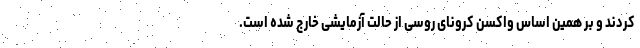
کردند و بر همین اساس واکسن کرونای روسی از حالت آزمایشی خارج شده است.